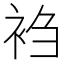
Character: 𬡎